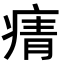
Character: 𭼓